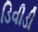
ડિવીડી